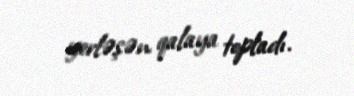
yerləşən qalaya topladı.